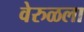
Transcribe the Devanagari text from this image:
वेरुळला